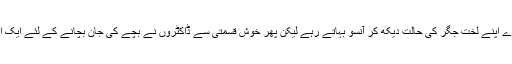
کئی ماہ تک بیچارے اپنے لخت جگر کی حالت دیکھ کر آنسو بہاتے رہے لیکن پھر خوش قسمتی سے ڈاکٹروں نے بچے کی جان بچانے کے لئے ایک انوکھا حل نکال لیا۔